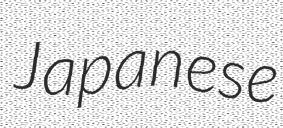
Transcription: Japanese